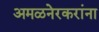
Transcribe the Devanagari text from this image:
अमळनेरकरांना